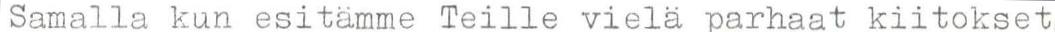
Samalla kun esitämme Teille vielä parhaat kiitokset